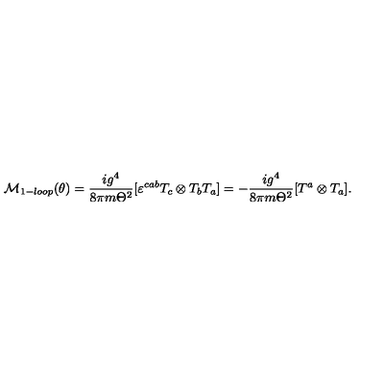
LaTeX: { \cal M } _ { 1 - l o o p } ( \theta ) = \frac { i g ^ { 4 } } { 8 \pi m \Theta ^ { 2 } } [ \varepsilon ^ { c a b } T _ { c } \otimes T _ { b } T _ { a } ] = - \frac { i g ^ { 4 } } { 8 \pi m \Theta ^ { 2 } } [ T ^ { a } \otimes T _ { a } ] .